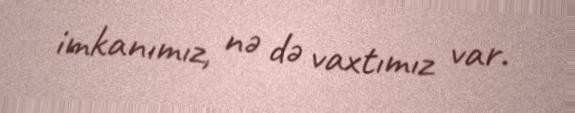
imkanımız, nə də vaxtımız var.